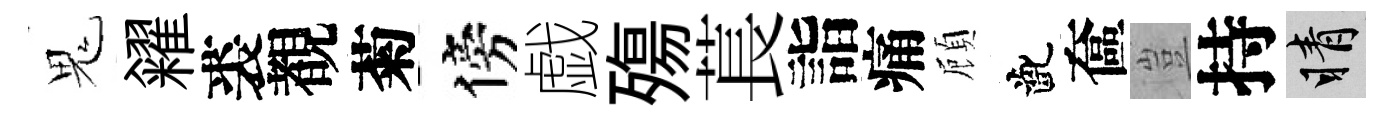
鬼糴裘覩菊傍戯殤萇詣痛頋齔奩豈持睛